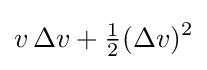
v\,\Delta v+{\tfrac {1}{2}}(\Delta v)^{2}